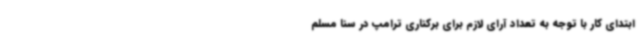
ابتدای کار با توجه به تعداد آرای لازم برای برکناری ترامپ در سنا مسلم